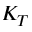
K _ { T }